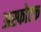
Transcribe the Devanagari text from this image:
अस्फोटक